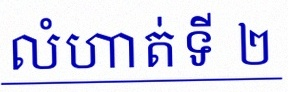
លំហាត់ទី ២